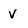
Character: v